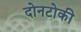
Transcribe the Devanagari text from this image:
दोनटोकी